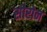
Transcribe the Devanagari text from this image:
सोरोन